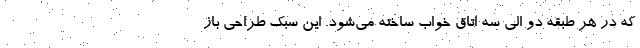
که در هر طبقه دو الی سه اتاق خواب ساخته می‌شود. این سبک طراحی باز